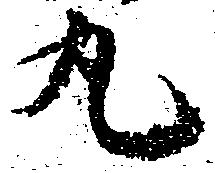
丸